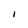
Character: 1